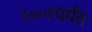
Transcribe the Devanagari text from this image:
२००१पर्यंत